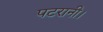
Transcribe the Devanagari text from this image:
पटरानी।